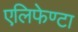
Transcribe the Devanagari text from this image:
एलिफेण्टा